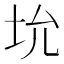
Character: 𪣁